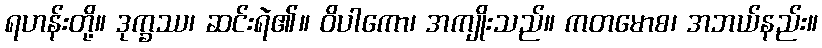
ရဟန်းတို့။ ဒုက္ခဿ၊ ဆင်းရဲ၏။ ဝိပါကော၊ အကျိုးသည်။ ကတမောစ၊ အဘယ်နည်း။